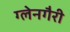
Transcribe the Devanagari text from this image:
ग्लेनगैरी